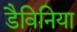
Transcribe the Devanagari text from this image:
डैविनिया